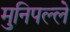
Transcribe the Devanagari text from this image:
मुनिपल्ले